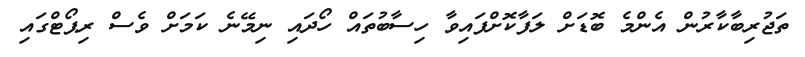
ތަޖުރިބާކާރުން އެންމެ ބޮޑަށް ލަފާކޮށްފައިވާ ހިސާބުތައް ހޯދައި ނިމޭނެ ކަމަށް ވެސް ރިޕޯޓްގައި